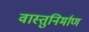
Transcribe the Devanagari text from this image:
वास्तुनिर्माण